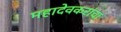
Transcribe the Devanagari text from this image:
महादेवकरांचा